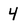
Character: 4